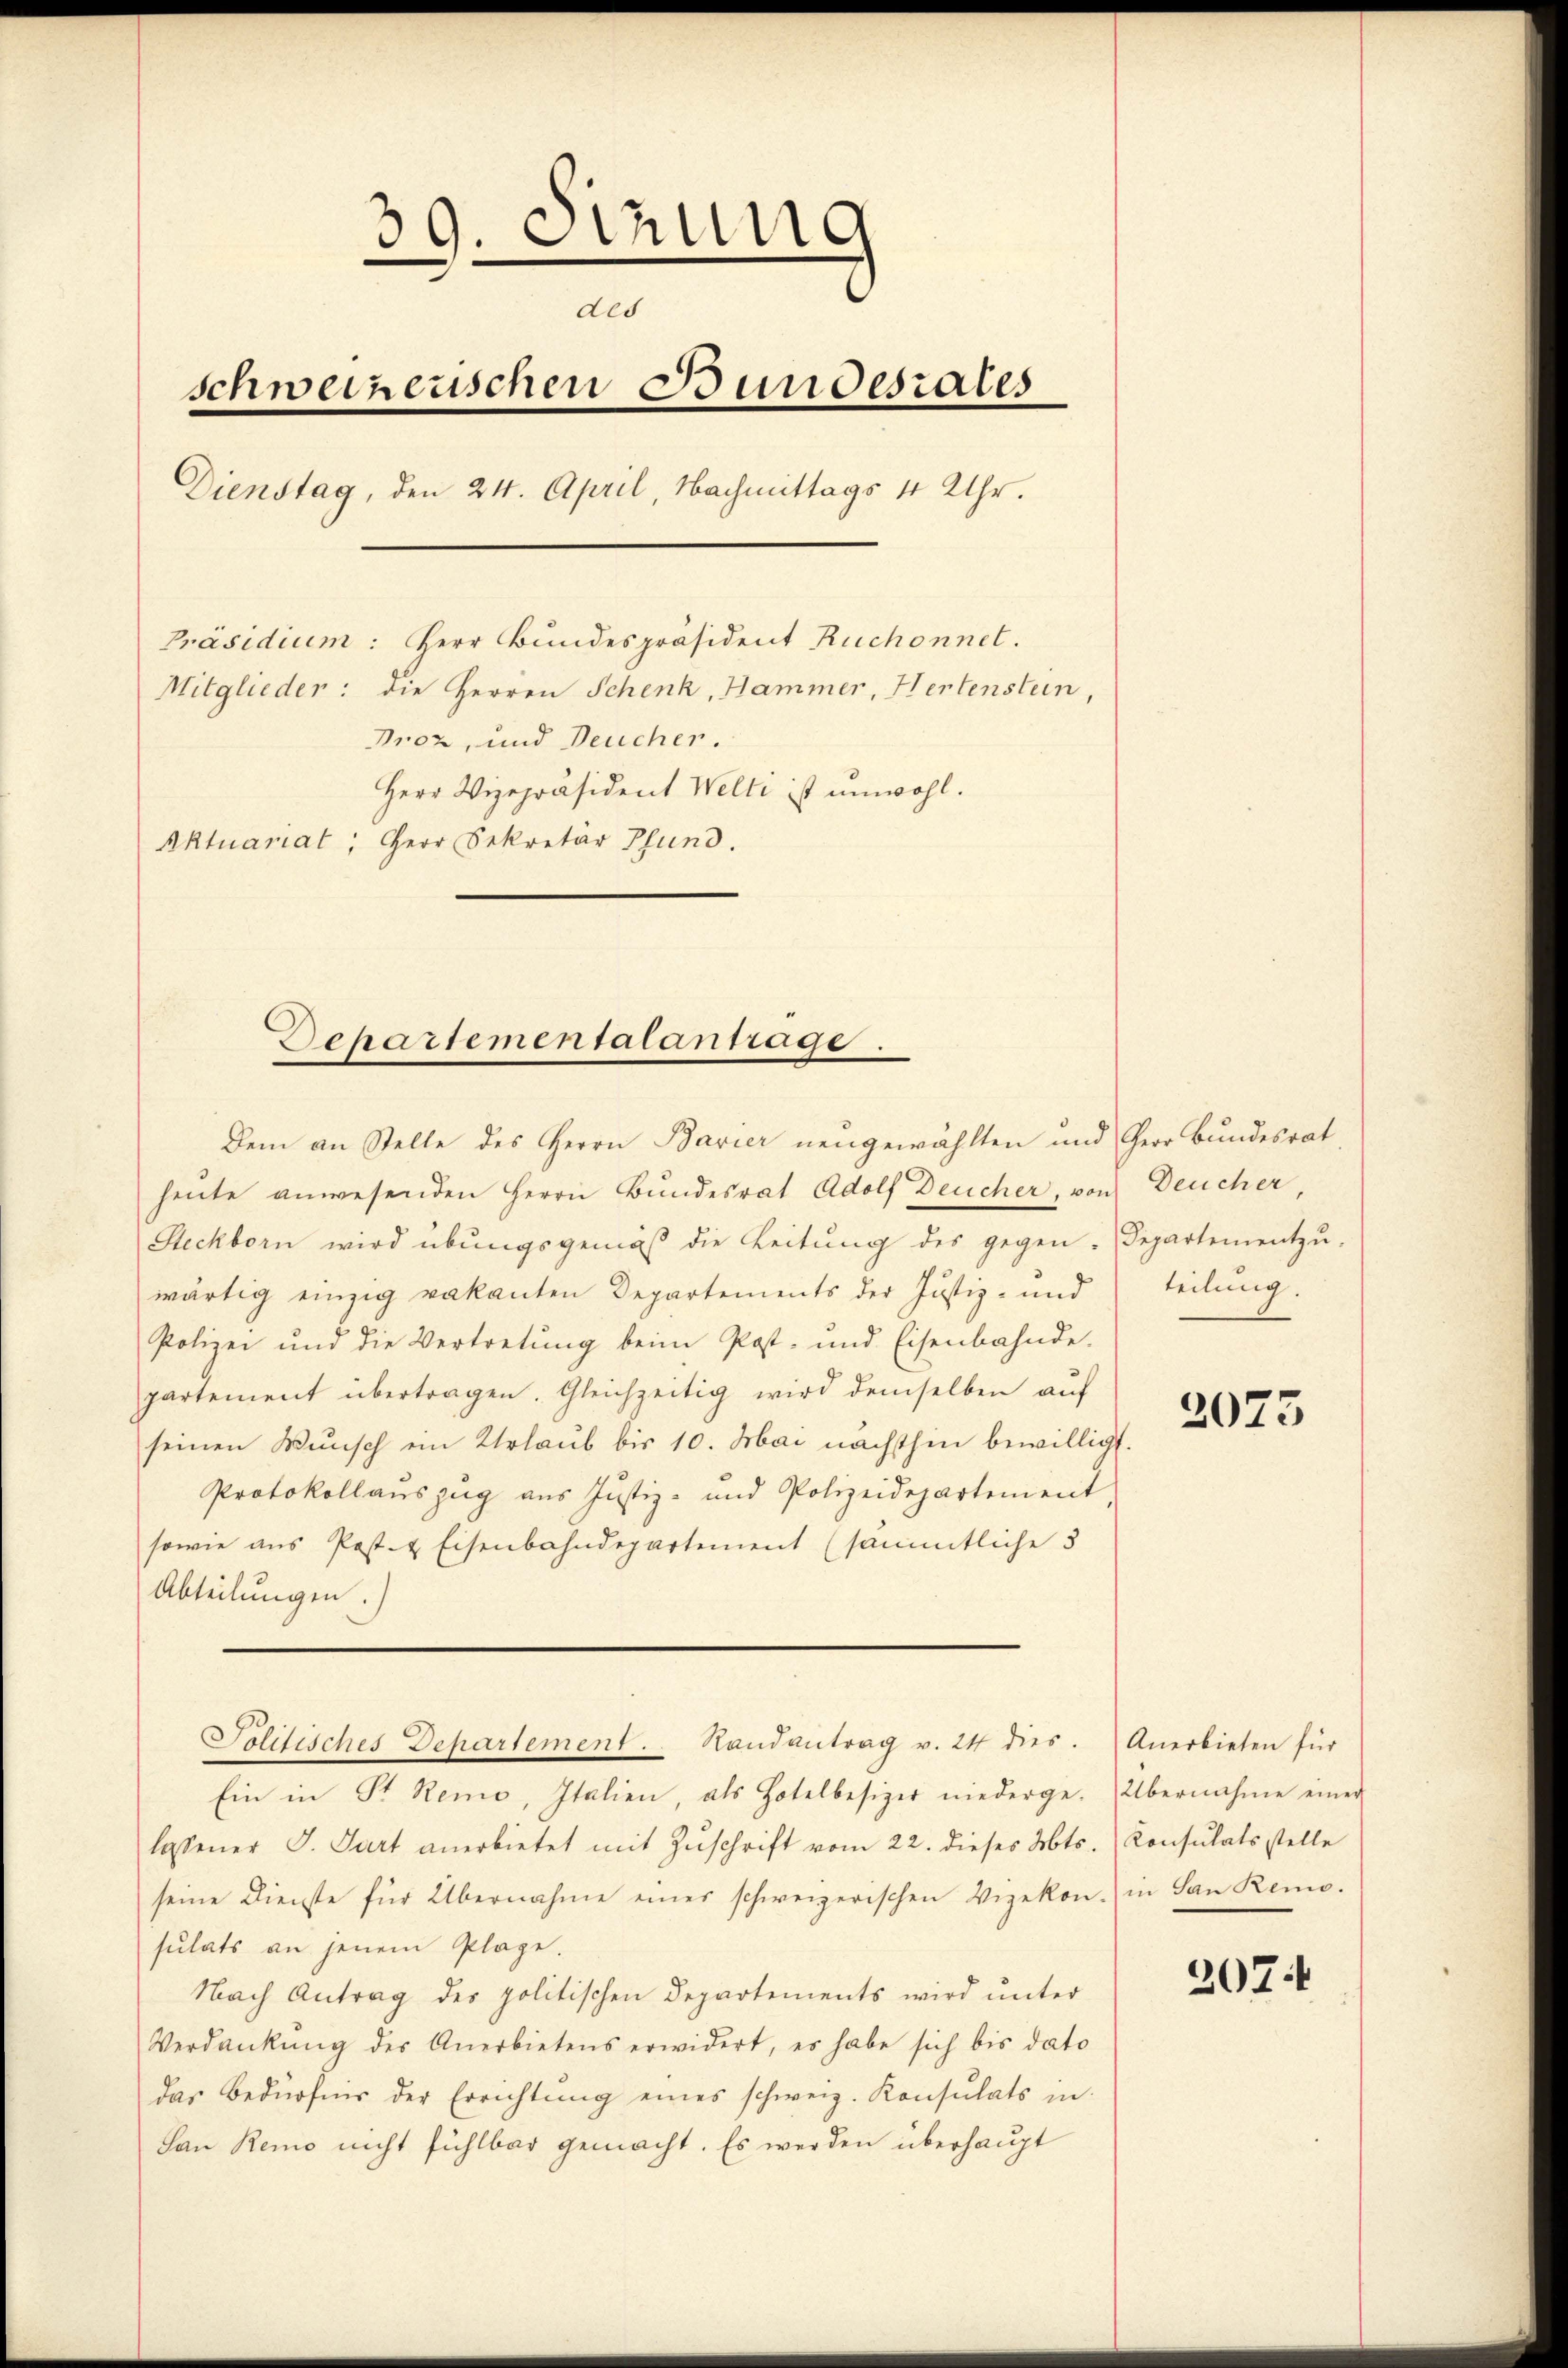
39. Setzung
des
schweizerischen Bundesrates
Dienstag, den 24. April, Nachmittags 1 Uhr.
Präsidium: Herr Bundespräsident Ruchonnet.
Mitglieder: die Herren Schenk, Hammer, Hertenstein,
Drez, und Deucher.
Herr Vizepräsident Welti ist unwohl.
Aktuariat, Herr Sekretär Pfund.

Dem an Stelle des Herrn Bavier neugewählten und Herr Bundesrat

heute anwesenden Herrn Bundesrat Adolf Deucher, von Deucher
Steckborn wird übungsgemäß die Leitŭng des gegen-Departementzŭ-
wärtig einzig vakanten Departements der Justiz- und
Polizei und die Vertretung beim Post- und Eisenbahnde.
partement übertragen. Gleichzeitig wird demselben aŭf
seinen Wunsch ein Urlaub bis 10. Mai nächsthin bewilligt.
Protokollauszug aus Justiz- und Polizeidepartement,
sowie aus Post- & Eisenbahndepartement (sämmtliche 3
Abteilungen.

Departementalantrage.

Solitisches Departement. Handantrag v. 24 dies.

Ein in St. Remo, Italien, als Hotelbesizer niederge-Übernahme einer
lossener J. Gurt anerbietet mit Zŭschrift vom 22. dieses Mts.
seine Dienste für Übernahme einer schweizerischen Vizekon) in San Remo.
sulats an jenem Plage.
Nach Antrag des politischen Departements wird unter
Verdankŭng des Anerbietens erwidert, es habe sich bis dato
das Bedürfnis der Errichtŭng eines schweiz. Konsulats in
San Remo nicht fühlbar gemacht. Es werden überhaupt

teilung.

2073

Anerbieten für
Consulats stelle

207 f